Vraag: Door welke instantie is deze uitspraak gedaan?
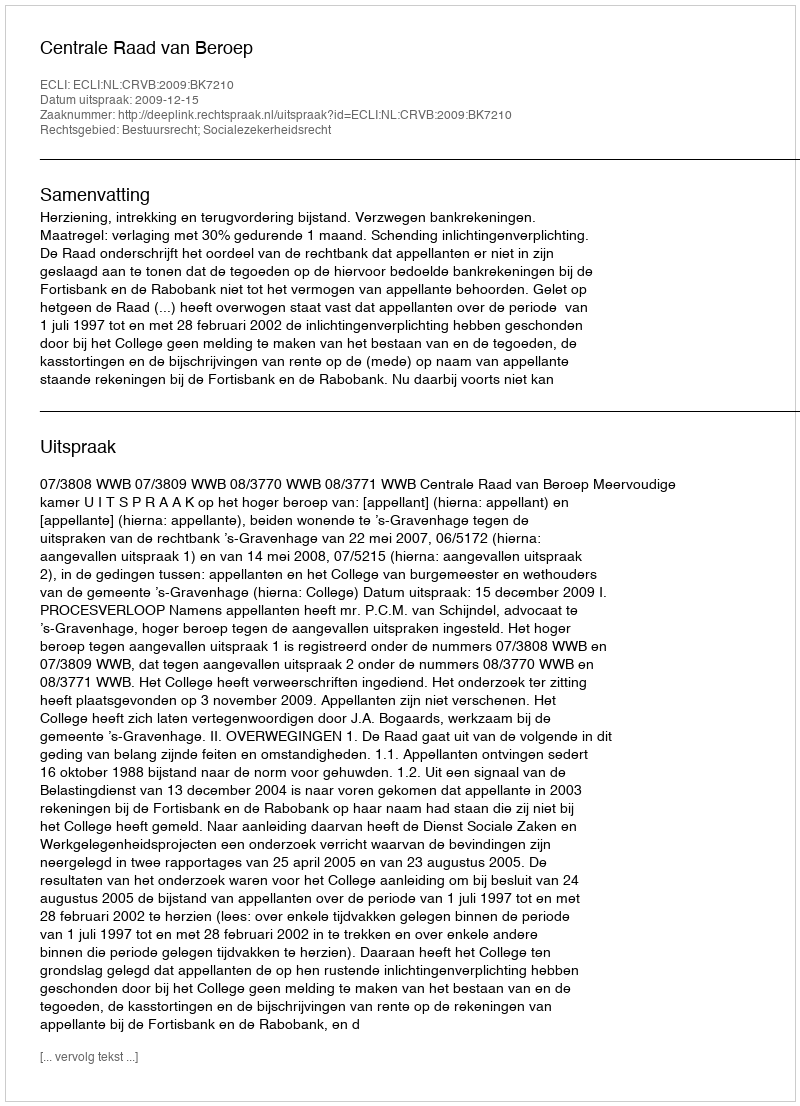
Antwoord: Centrale Raad van Beroep